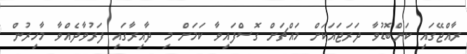
ރާއްޖޭގައި ކަންބޮޑުވާ ދަރަޖައަކަށް މައްޗަށް ގޮސްފައިވާ ކަމަށް މި ދާއިރާގައި ފަރުވާދެއްވާ މާހިރުން